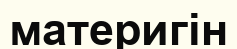
материгін